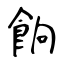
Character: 餉